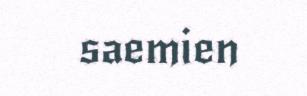
saemien